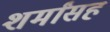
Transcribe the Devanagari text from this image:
शर्मांसह